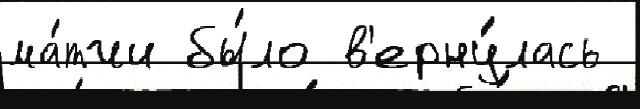
ма́тчи бы́ло в'ерну́лась